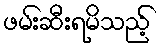
ဖမ်းဆီးရမိသည့်